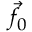
{ \vec { f } } _ { 0 }